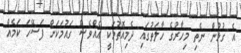
އެ ގުޅުން ނެތި މިހާރުގެ ހާލަތުގައި ދެމިއޮތުމަކީ އެއްވެސް ގައުމަކަށް ފަސޭހަ ކަމެއް